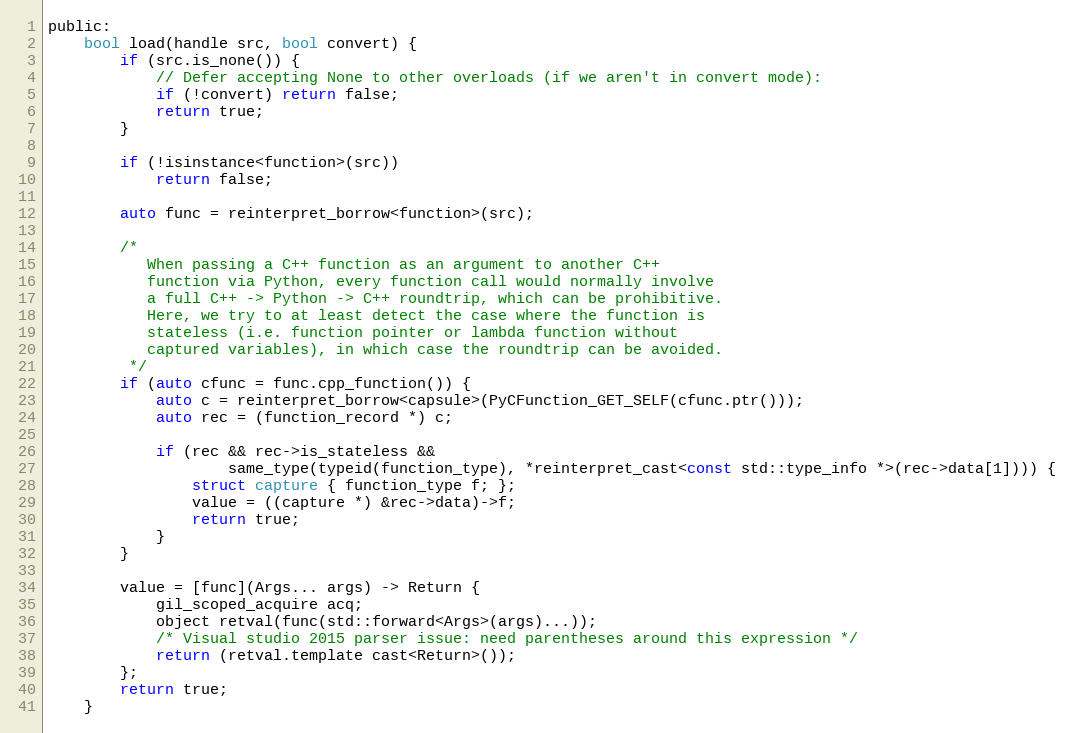
Language: C
public:
    bool load(handle src, bool convert) {
        if (src.is_none()) {
            // Defer accepting None to other overloads (if we aren't in convert mode):
            if (!convert) return false;
            return true;
        }

        if (!isinstance<function>(src))
            return false;

        auto func = reinterpret_borrow<function>(src);

        /*
           When passing a C++ function as an argument to another C++
           function via Python, every function call would normally involve
           a full C++ -> Python -> C++ roundtrip, which can be prohibitive.
           Here, we try to at least detect the case where the function is
           stateless (i.e. function pointer or lambda function without
           captured variables), in which case the roundtrip can be avoided.
         */
        if (auto cfunc = func.cpp_function()) {
            auto c = reinterpret_borrow<capsule>(PyCFunction_GET_SELF(cfunc.ptr()));
            auto rec = (function_record *) c;

            if (rec && rec->is_stateless &&
                    same_type(typeid(function_type), *reinterpret_cast<const std::type_info *>(rec->data[1]))) {
                struct capture { function_type f; };
                value = ((capture *) &rec->data)->f;
                return true;
            }
        }

        value = [func](Args... args) -> Return {
            gil_scoped_acquire acq;
            object retval(func(std::forward<Args>(args)...));
            /* Visual studio 2015 parser issue: need parentheses around this expression */
            return (retval.template cast<Return>());
        };
        return true;
    }